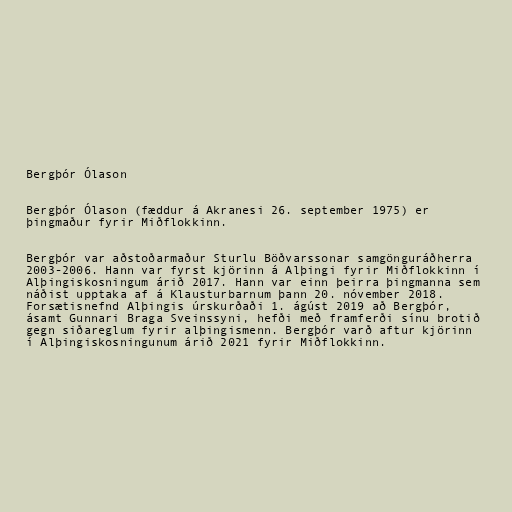
Bergþór Ólason

Bergþór Ólason (fæddur á Akranesi 26. september 1975) er
þingmaður fyrir Miðflokkinn.

Bergþór var aðstoðarmaður Sturlu Böðvarssonar samgönguráðherra
2003-2006. Hann var fyrst kjörinn á Alþingi fyrir Miðflokkinn í
Alþingiskosningum árið 2017. Hann var einn þeirra þingmanna sem
náðist upptaka af á Klausturbarnum þann 20. nóvember 2018.
Forsætisnefnd Alþingis úrskurðaði 1. ágúst 2019 að Bergþór,
ásamt Gunnari Braga Sveinssyni, hefði með framferði sínu brotið
gegn siðareglum fyrir alþingismenn. Bergþór varð aftur kjörinn
í Alþingiskosningunum árið 2021 fyrir Miðflokkinn.